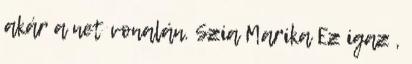
akár a net vonalán. Szia Marika Ez igaz ,